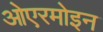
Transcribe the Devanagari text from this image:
ओएरमोइन